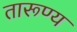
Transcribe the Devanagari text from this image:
तारूण्य